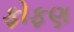
ફોફણ